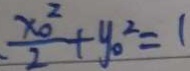
\frac { x _ { 0 } ^ { 2 } } { 2 } + y _ { 0 } ^ { 2 } = 1